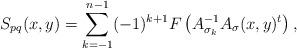
LaTeX: \begin{align*}S_{pq}(x,y)=\sum_{k=-1}^{n-1}(-1)^{k+1}F\left(A_{\sigma_k}^{-1}A_{\sigma}(x,y)^{t}\right),\end{align*}